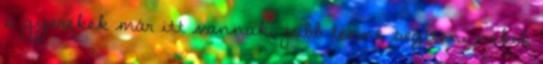
a gyerekek már itt vannak, jobb lenne segíteni nekik